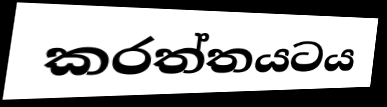
කරත්තයටය